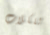
للكلاب